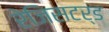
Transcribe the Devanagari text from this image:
रेजिसटर्ड